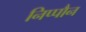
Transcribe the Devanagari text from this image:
निप्पौन